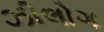
ઝીલોગ